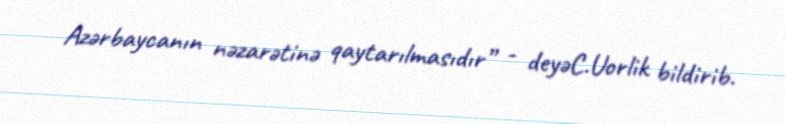
Azərbaycanın nəzarətinə qaytarılmasıdır” - deyəC.Uorlik bildirib.